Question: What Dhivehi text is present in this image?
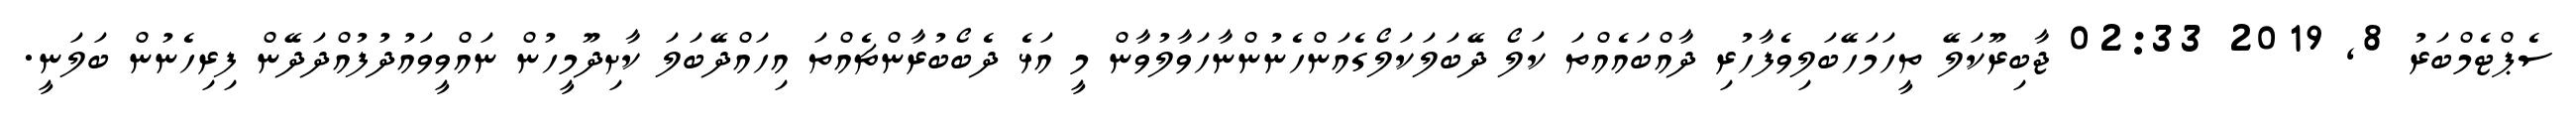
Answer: ސެޕްޓެމްބަރު 8, 2019 02:33 ޖާބިރޫކަލޭ ތީހަމަހޭބަލިވެފާހުރި ދާއްބައެއްތަ ކަލޯ ދޭބަލަކަލޯގެއަންހެނުންނާހަވާލުވާން މީ އަޅެ ދެބޯބުރާންޗެއްތަ އިހައްދޭބަލަ ކާށިދޫމީހުން ނައްވީވައުދުފުއްދަދޭން ފިރިހެނުން ބަލަނީ.